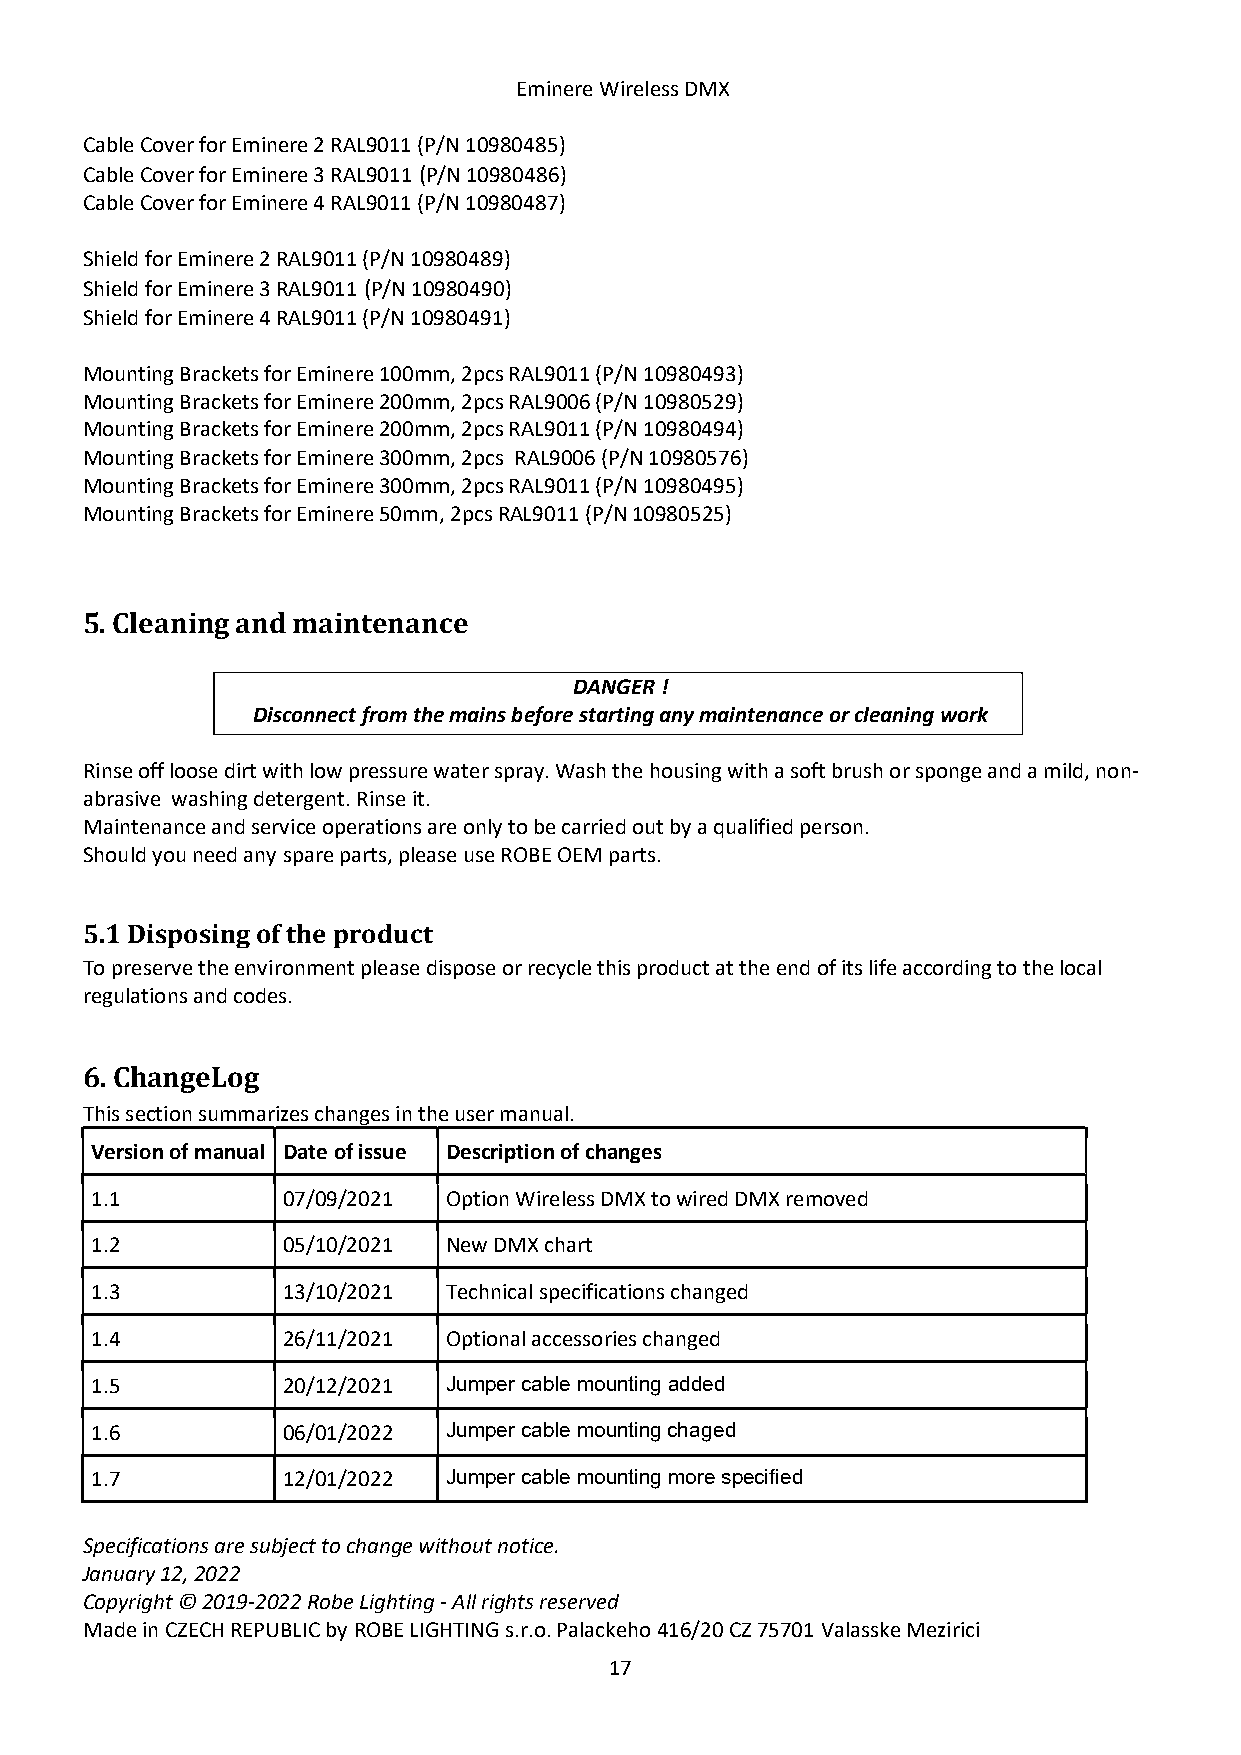
Eminere Wireless DMX
 Cable Cover for Eminere 2 RAL9011 (P/N 10980485)
 Cable Cover for Eminere 3 RAL9011 (P/N 10980486)
 Cable Cover for Eminere 4 RAL9011 (P/N 10980487)
 Shield for Eminere 2 RAL9011 (P/N 10980489)
 Shield for Eminere 3 RAL9011 (P/N 10980490)
 Shield for Eminere 4 RAL9011 (P/N 10980491)
 Mounting Brackets for Eminere 100mm, 2pcs RAL9011 (P/N 10980493)
 Mounting Brackets for Eminere 200mm, 2pcs RAL9006 (P/N 10980529)
 Mounting Brackets for Eminere 200mm, 2pcs RAL9011 (P/N 10980494)
 Mounting Brackets for Eminere 300mm, 2pcs RAL9006 (P/N 10980576)
 Mounting Brackets for Eminere 300mm, 2pcs RAL9011 (P/N 10980495)
 Mounting Brackets for Eminere 50mm, 2pcs RAL9011 (P/N 10980525)
 5. Cleaning and maintenance
 DANGER !
 Disconnect from the mains before starting any maintenance or cleaning work
 Rinse off loose dirt with low pressure water spray. Wash the housing with a soft brush or sponge and a mild, non-
 abrasive washing detergent. Rinse it.
 Maintenance and service operations are only to be carried out by a qualified person.
 Should you need any spare parts, please use ROBE OEM parts.
 5.1 Disposing of the product
 To preserve the environment please dispose or recycle this product at the end of its life according to the local
 regulations and codes.
 6. ChangeLog
 This section summarizes changes in the user manual.
 Version of manual Date of issue Description of changes
 1.1          07/09/2021 Option Wireless DMX to wired DMX removed
 1.2          05/10/2021 New DMX chart
 1.3          13/10/2021 Technical specifications changed
 1.4          26/11/2021 Optional accessories changed
 1.5          20/12/2021 Jumper cable mounting added
 1.6          06/01/2022 Jumper cable mounting chaged
 1.7          12/01/2022 Jumper cable mounting more specified
 Specifications are subject to change without notice.
 January 12, 2022
 Copyright © 2019-2022 Robe Lighting - All rights reserved
 Made in CZECH REPUBLIC by ROBE LIGHTING s.r.o. Palackeho 416/20 CZ 75701 Valasske Mezirici
 17